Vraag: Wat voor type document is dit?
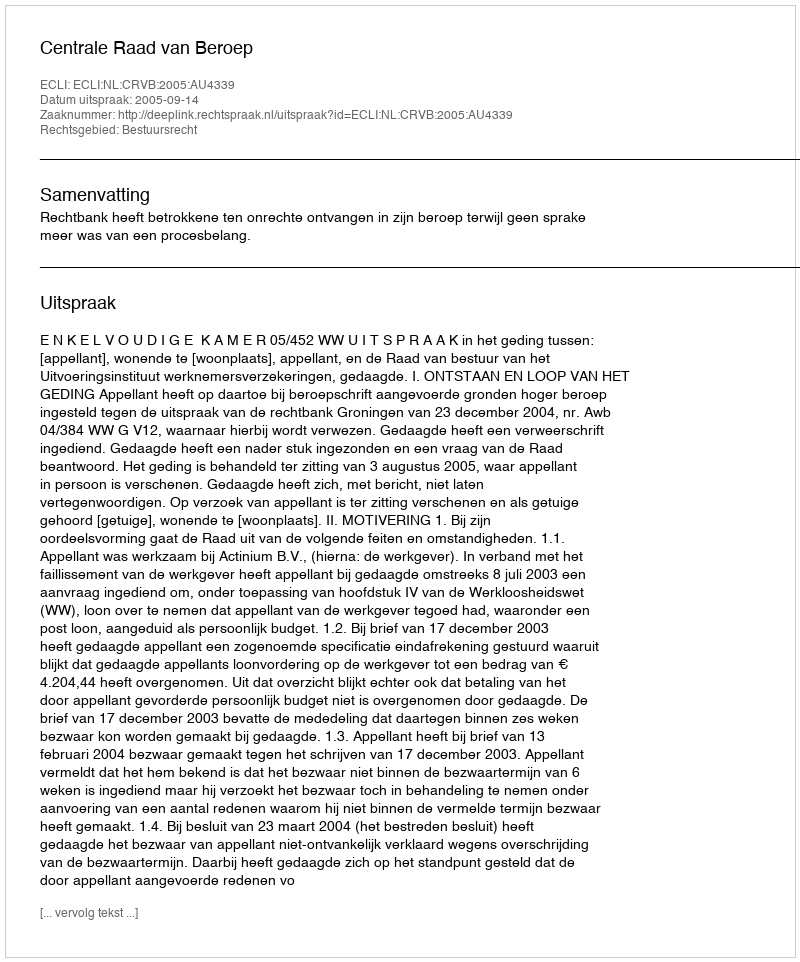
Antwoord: Uitspraak